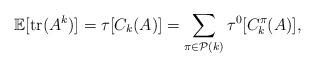
LaTeX: \begin{align*}\mathbb{E}[\mathrm{tr}(A^k)] = \tau[C_k(A)]= \sum_{\pi \in \mathcal{P}(k)} \tau^0[C_k^{\pi}(A)],\end{align*}